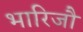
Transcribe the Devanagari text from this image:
भारिजौ